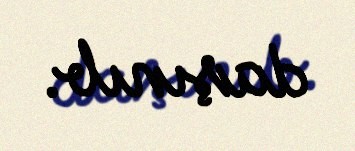
daşınıb.